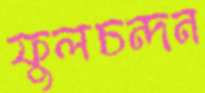
ফুলচন্দন